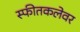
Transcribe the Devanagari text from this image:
स्फीतकलेवर